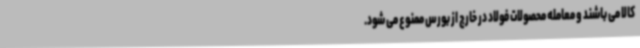
کالا می باشند و معامله محصولات فولاد در خارج از بورس ممنوع می شود.